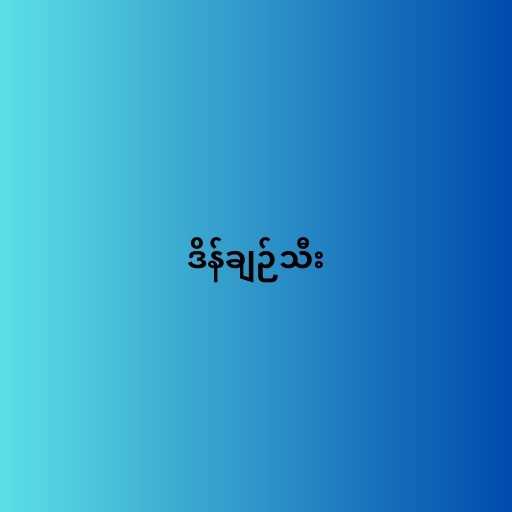
ဒိန်ချဉ်သီး